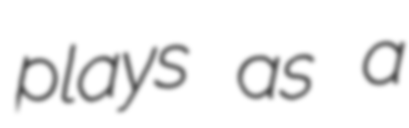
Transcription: plays as a